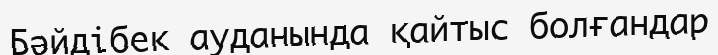
Бәйдібек ауданында қайтыс болғандар